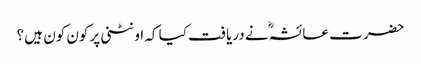
حضرت عائشہؓ نے دریافت کیا کہ اونٹنی پر کون کون ہیں ؟